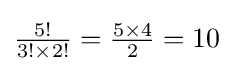
{\textstyle {\frac {5!}{3!\times 2!}}={\frac {5\times 4}{2}}=10}